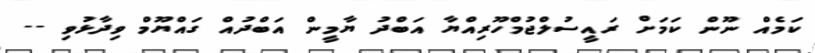
ކަމެއް ނޫން ކަމަށް ރައީސުލްޖުމްހޫރިއްޔާ އަބްދު ޔާމީން އަބްދުއް ގައްޔޫމް ވިދާޅުވި --